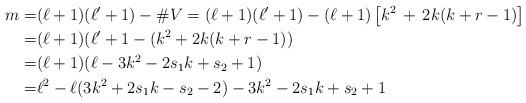
LaTeX: \begin{align*}m=&(\ell+1)(\ell'+1)-\#V=(\ell+1)(\ell'+1)-(\ell+1)\left[k^2\,+\,2k(k+r-1)\right]\\=&(\ell+1)(\ell'+1-(k^2+2k(k+r-1))\\=&(\ell+1)(\ell-3k^2-2s_1k+s_2+1)\\=&\ell^2 -\ell (3k^2+2s_1k-s_2-2) -3k^2-2s_1k+s_2+1\end{align*}